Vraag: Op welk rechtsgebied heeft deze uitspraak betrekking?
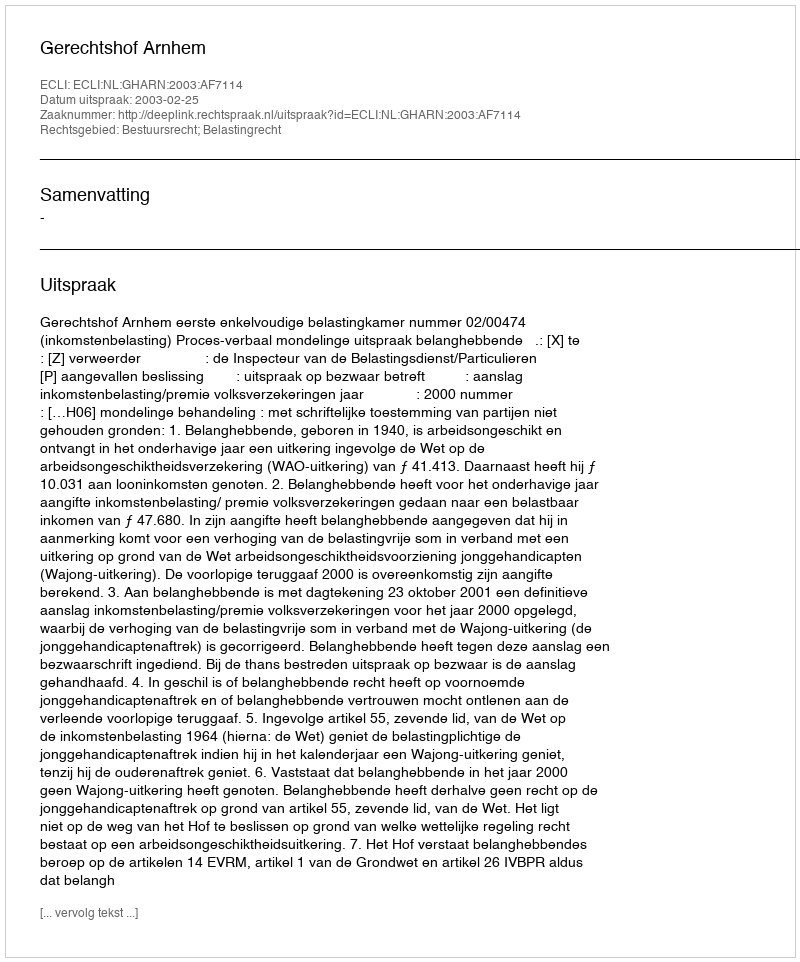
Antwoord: Bestuursrecht; Belastingrecht